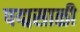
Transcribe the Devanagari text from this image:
पद्मसाळी